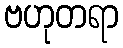
ဗဟုတရာ